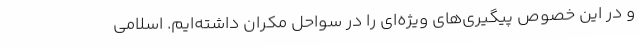
و در این خصوص پیگیری‌های ویژه‌ای را در سواحل مکران داشته‌ایم. اسلامی